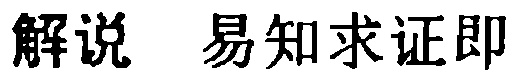
解说 易知求证即